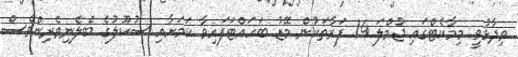
ވިދާޅުވީ މިމާކެޓްގައި ޖުމްލަ 14 ފަރާތަކުން މޭޒު ބަހައްޓަފައިވާ ކަމަށާއި ސުކޫލުގެ ބެލެނިވެރިންވެސް